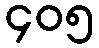
၄၀၅